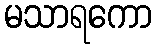
မသာရကော